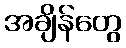
အချိန်တွေ